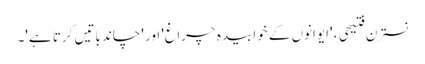
نسترن فتیحی ، 'ایوانوں کے خوابیدہ چراغ' اور 'چاند باتیں کرتا ہے'۔